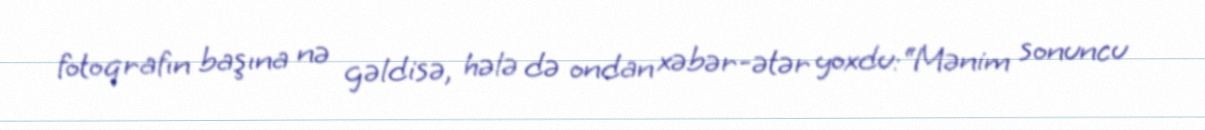
fotoqrafın başına nə gəldisə, hələ də ondan xəbər-ətər yoxdu:“Mənim sonuncu